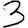
Digit: 3